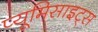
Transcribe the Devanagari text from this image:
प्यूमिसाइट्स